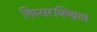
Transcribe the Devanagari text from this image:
तिस्सरक्खिता